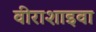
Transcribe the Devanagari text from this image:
वीराशाइवा